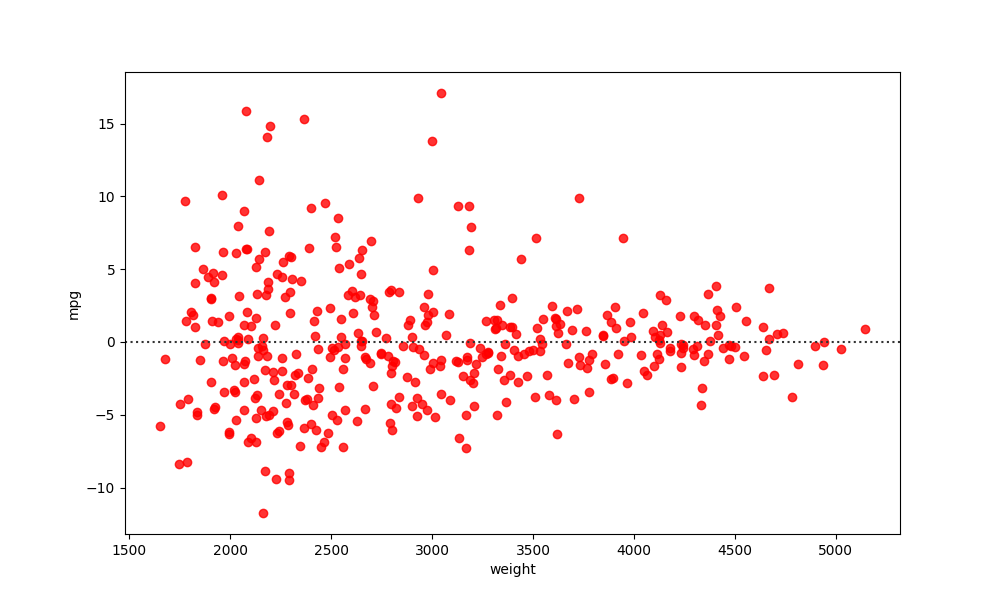
python, seaborn, residplot, lowess=False, scatter_color=red